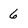
Character: 6